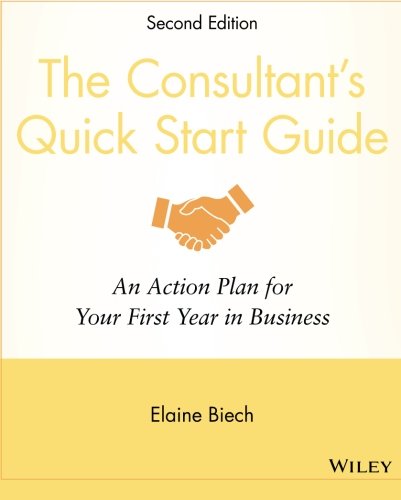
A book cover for The Consultant's Quick Start Guide: An Action Planfor Your First Year in Business; Elaine Biech; Business & Money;